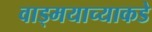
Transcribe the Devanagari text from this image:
वाड्मयाच्याकडे